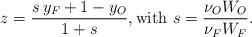
LaTeX: \begin{align*}z = \frac{s\,y_F+1-y_O}{1+s}, \mbox{with } s=\frac{\nu_O W_O}{\nu_F W_F}.\end{align*}